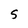
Character: S